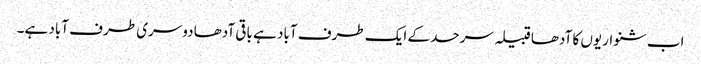
اب شنواریوں کا آدھا قبیلہ سرحد کے ایک طرف آباد ہے باقی آدھا دوسری طرف آباد ہے۔